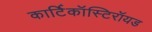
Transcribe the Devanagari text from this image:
कार्टिकॉस्टिरॉयड